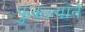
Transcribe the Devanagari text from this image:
फुंकल्याने